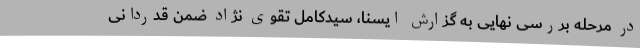
در مرحله بررسی نهایی به گزارش ایسنا، سیدکامل تقوی نژاد ضمن قدردانی